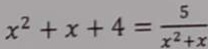
x ^ { 2 } + x + 4 = \frac { 5 } { x ^ { 2 } + x }